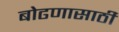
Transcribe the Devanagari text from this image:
बोढणासाठी